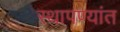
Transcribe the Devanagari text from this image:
स्थापण्यांत